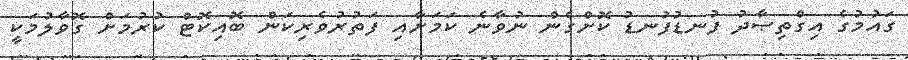
ގައުމުގެ އިގްތިޞާދު ފުނޑުފުނޑު ކޮށްގެން ނުވާނެ ކަމަށާއި ފަތުރުވެރިކަން ބޮއިކޮޓް ކުރުމަށް ގޮވާލުމަކީ